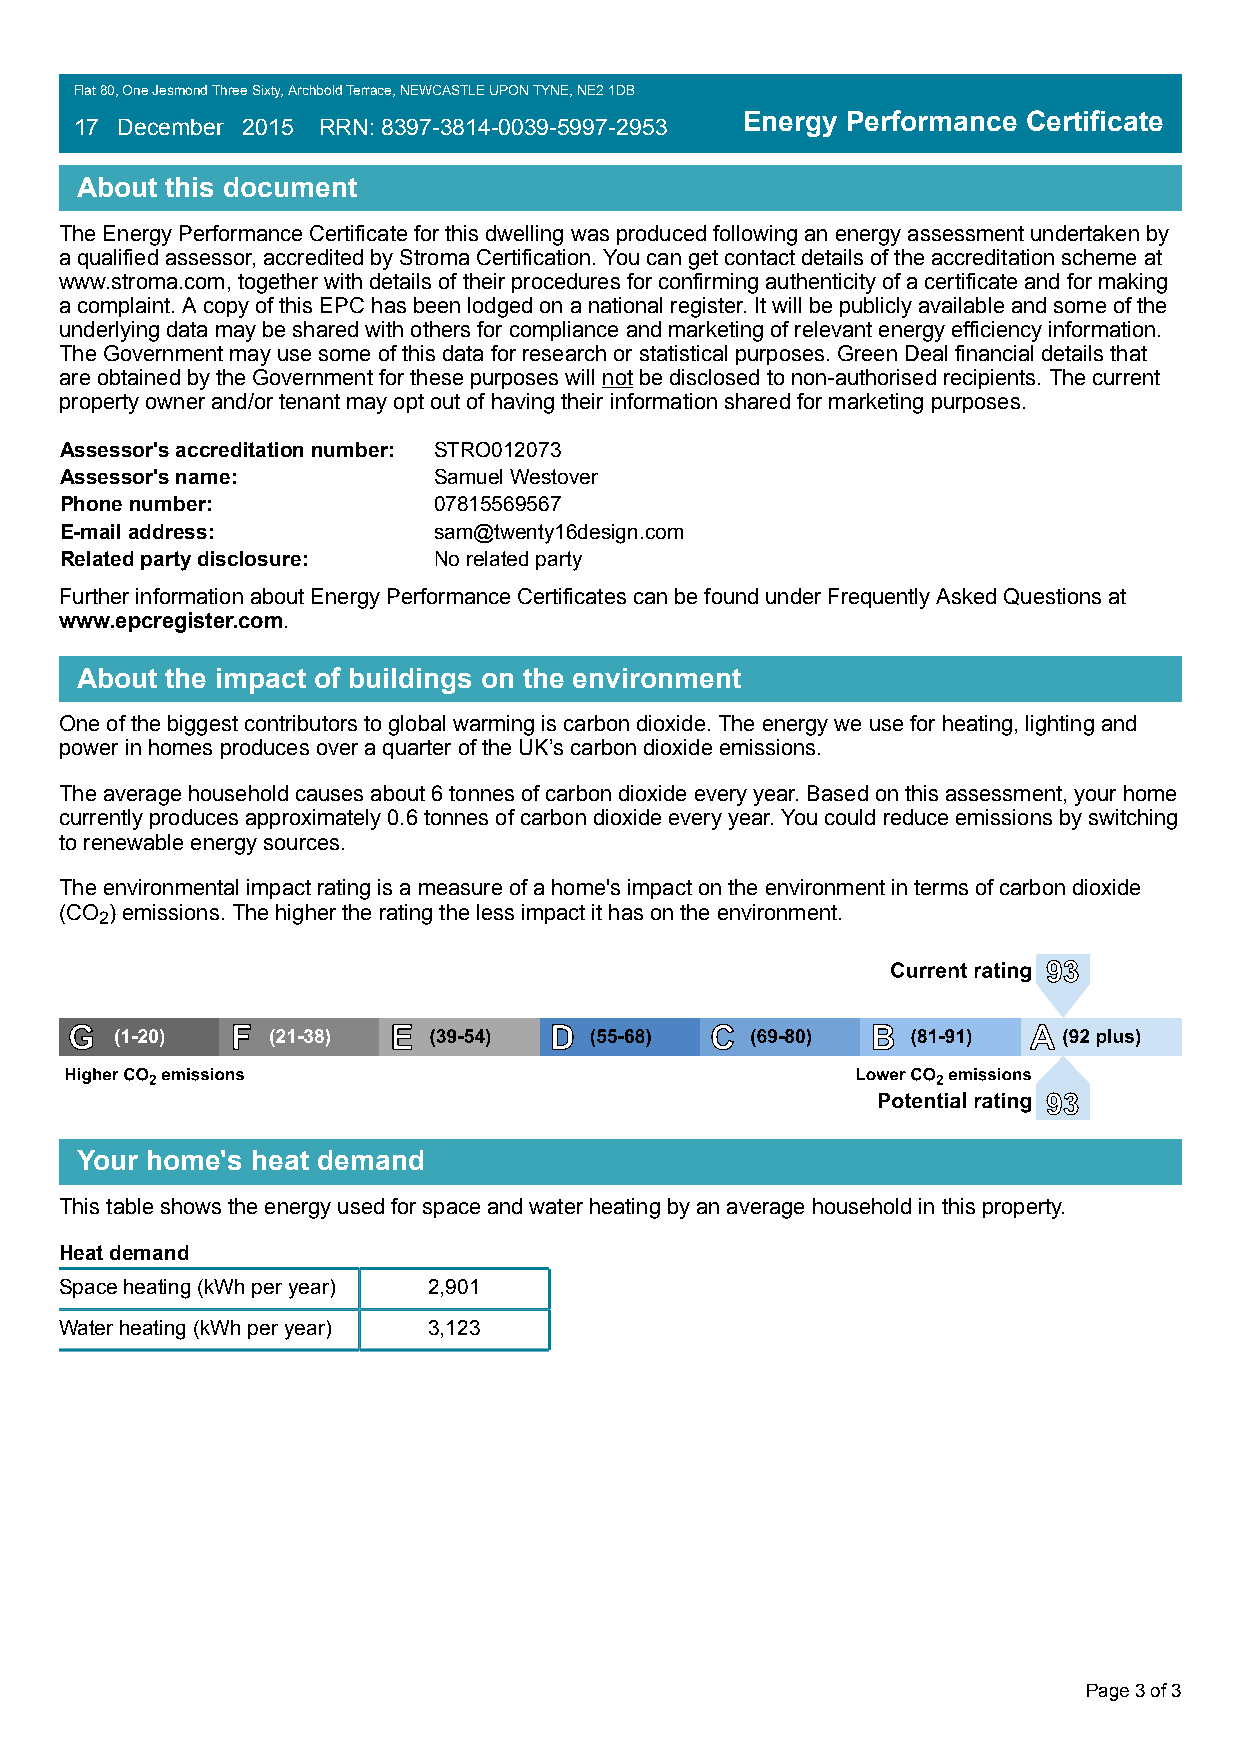
Flat 80, One Jesmond Three Sixty, Archbold Terrace, NEWCASTLE UPON TYNE, NE2 1DB
 Energy Performance Certificate
 17 December 2015 RRN: 8397-3814-0039-5997-2953
 About this document
 The Energy Performance Certificate for this dwelling was produced following an energy assessment undertaken by
 a qualified assessor, accredited by Stroma Certification. You can get contact details of the accreditation scheme at
 www.stroma.com, together with details of their procedures for confirming authenticity of a certificate and for making
 a complaint. A copy of this EPC has been lodged on a national register. It will be publicly available and some of the
 underlying data may be shared with others for compliance and marketing of relevant energy efficiency information.
 The Government may use some of this data for research or statistical purposes. Green Deal financial details that
 are obtained by the Government for these purposes will not be disclosed to non-authorised recipients. The current
 property owner and/or tenant may opt out of having their information shared for marketing purposes.
 Assessor's accreditation number: STRO012073
 Assessor's name:         Samuel Westover
 Phone number:            07815569567
 E-mail address:          sam@twenty16design.com
 Related party disclosure: No related party
 Further information about Energy Performance Certificates can be found under Frequently Asked Questions at
 www.epcregister.com.
 About the impact of buildings on the environment
 One of the biggest contributors to global warming is carbon dioxide. The energy we use for heating, lighting and
 power in homes produces over a quarter of the UK’s carbon dioxide emissions.
 The average household causes about 6 tonnes of carbon dioxide every year. Based on this assessment, your home
 currently produces approximately 0.6 tonnes of carbon dioxide every year. You could reduce emissions by switching
 to renewable energy sources.
 The environmental impact rating is a measure of a home's impact on the environment in terms of carbon dioxide
 (CO ) emissions. The higher the rating the less impact it has on the environment.
 2
 Your home's heat demand
 This table shows the energy used for space and water heating by an average household in this property.
 Heat demand
 Space heating (kWh per year) 2,901
 Water heating (kWh per year) 3,123
 Page 3 of 3